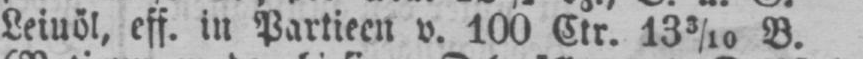
Leiuöl, eff. in Partieen v. 100 Ctr. 13 3/10 B.